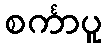
စင်္ကာပူ